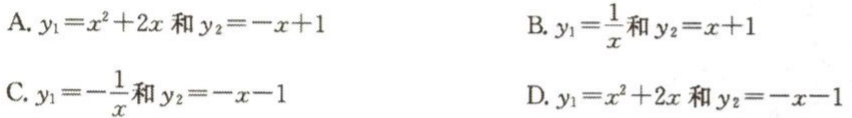
A. $y_1 = x^{2}+2x$和$y_2=-x + 1$

B. $y_1=\frac{1}{x}$和$y_2=x + 1$

C. $y_1=-\frac{1}{x}$和$y_2=-x - 1$

D. $y_1 = x^{2}+2x$和$y_2=-x - 1$